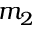
m _ { 2 }